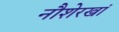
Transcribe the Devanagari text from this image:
नौशेरखां